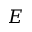
E